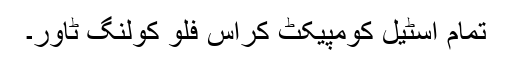
تمام اسٹیل کومپیکٹ کراس فلو کولنگ ٹاور۔